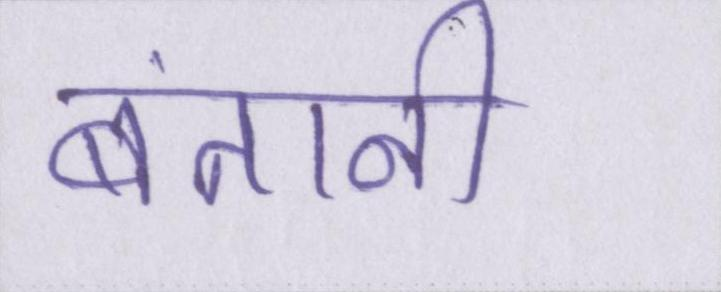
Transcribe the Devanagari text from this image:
बंतानी